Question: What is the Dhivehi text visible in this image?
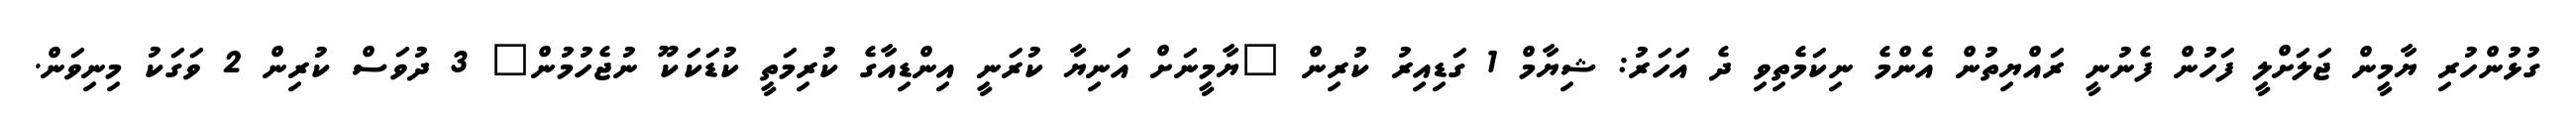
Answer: ގުޅުންހުރި ޔާމީން ޖަލަށްލީ ފަހުން ފެނުނީ ރައްޔިތުން އެންމެ ނިކަމެތިވި ދެ އަހަރު: ޝިޔާމް 1 ގަޑިއިރު ކުރިން "ޔާމީނަށް އަނިޔާ ކުރަނީ އިންޑިއާގެ ކުރިމަތީ ކުޑަކަކޫ ނުޖެހުމުން" 3 ދުވަސް ކުރިން 2 ވަގަކު މިނިވަން.